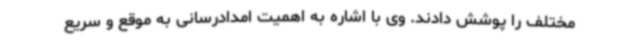
مختلف را پوشش دادند. وی با اشاره به اهمیت امدادرسانی به موقع و سریع